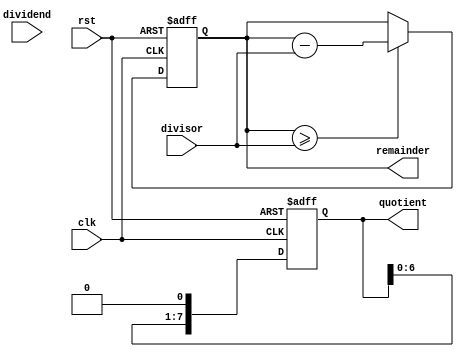
module binary_divider (
  input wire [7:0] dividend,
  input wire [7:0] divisor,
  output reg [7:0] quotient,
  output reg [7:0] remainder,
  input wire clk,
  input wire rst
);

reg [7:0] rem_temp;
reg [7:0] quo_temp;
reg [7:0] div_shift;

always @(posedge clk or posedge rst) begin
  if (rst) begin
    rem_temp <= 8'b0;
    quo_temp <= 8'b0;
    div_shift <= divisor;
  end
  else begin
    if (rem_temp >= divisor) begin
      rem_temp <= rem_temp - divisor;
      quo_temp <= quo_temp | (1 << 0);
    end
    div_shift <= div_shift >> 1;
    quo_temp <= quo_temp << 1;
  end
end

assign quotient = quo_temp;
assign remainder = rem_temp;

endmodule